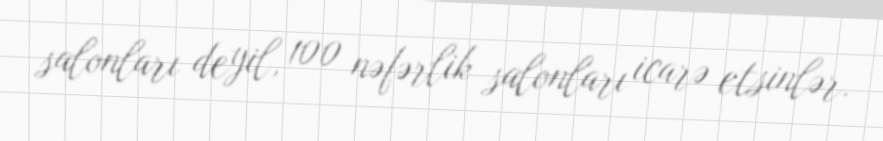
salonları deyil, 100 nəfərlik salonları icarə etsinlər.